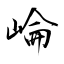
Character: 崘